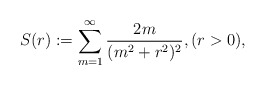
\begin{align*}S(r):=\sum_{m=1}^{\infty}\frac{2m}{(m^2+r^2)^2},(r>0),\end{align*}